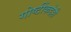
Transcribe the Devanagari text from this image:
गोष्टींकडेही